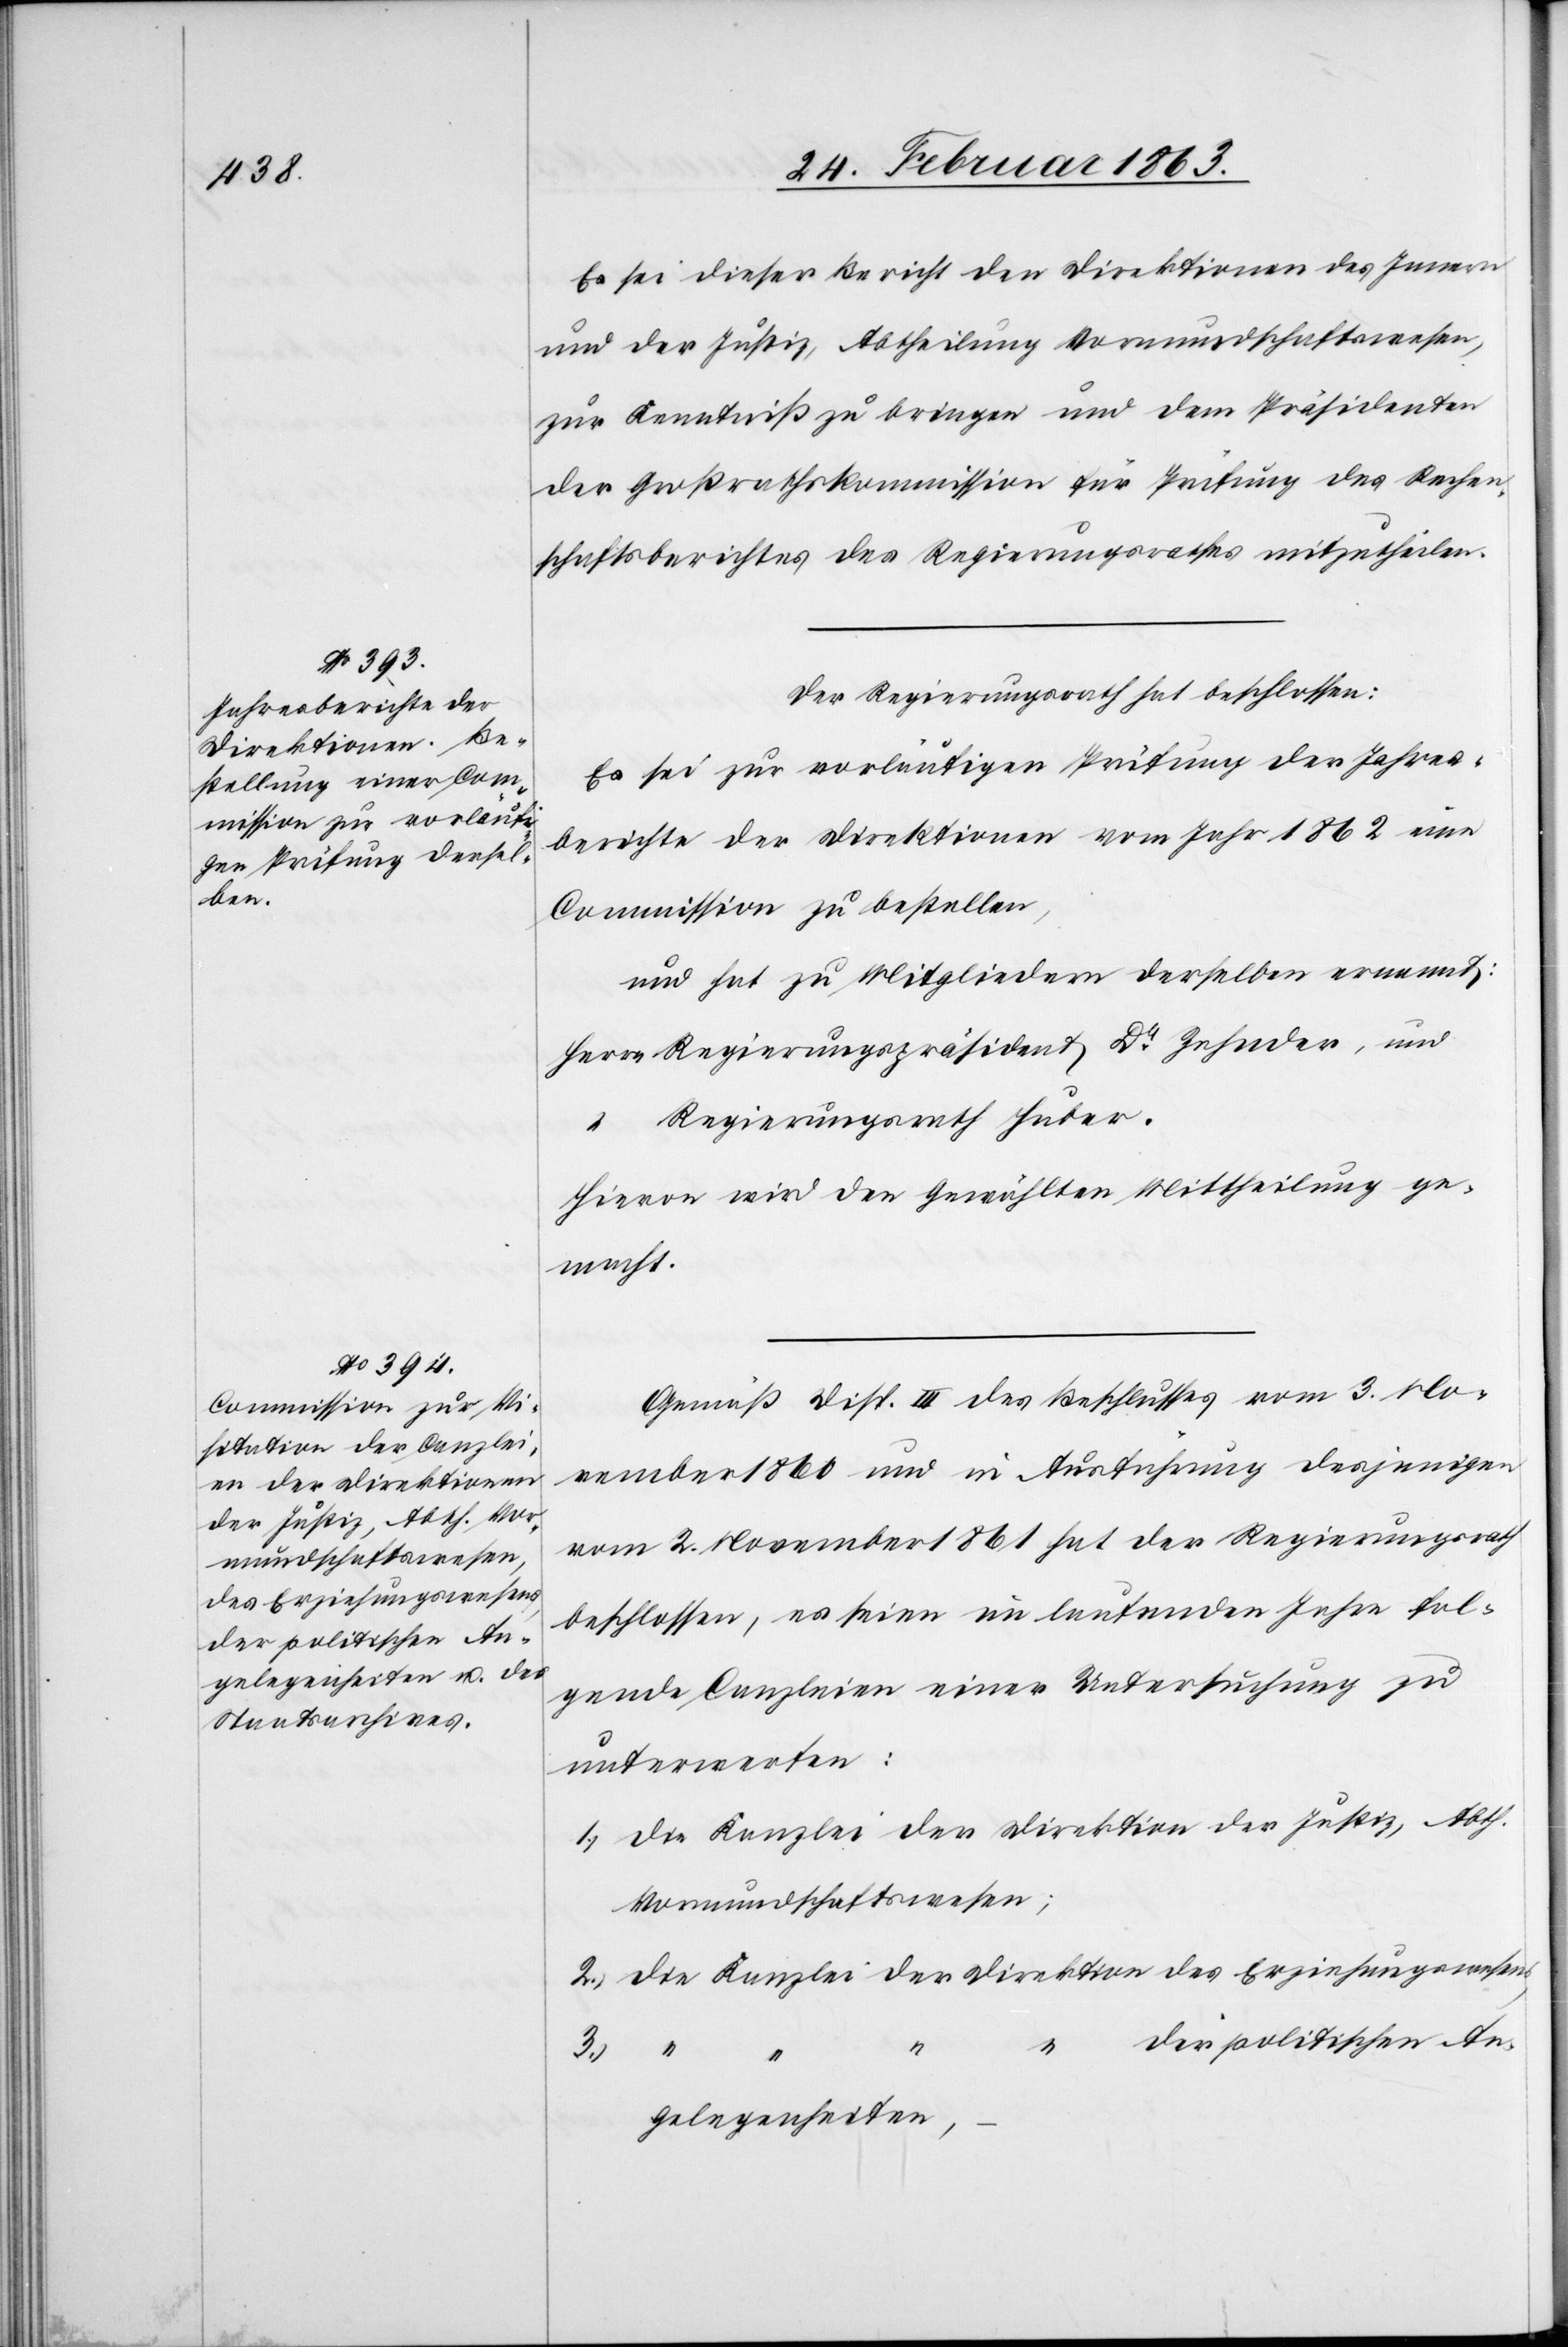
der politischen An¬

Es sei dieser Bericht den Direktionen des Innern
und der Justiz, Abtheilung Vormundschaftswesen,
zur Kenntniß zu bringen und dem Präsidenten
der Großrathskommission für Prüfung des Rechen¬
schaftsberichtes des Regierungsrathes mitzutheilen.
Der Regierungsrath hat beschlossen:
Es sei zur vorläufigen Prüfung der Jahres¬
berichte der Direktionen vom Jahr 1862 eine
Commission zu bestellen,
und hat zu Mitgliedern derselben ernannt:
Herrn Regierungspräsident Dr Zehnder, und
“	 Regierungsrath Huber.
Hievon wird den Gewählten Mittheilung ge¬
macht.
Gemäß Disp. III des Beschlusses vom 3. No¬
vember 1860 und in Ausführung desjenigen
vom 2. November 1861 hat der Regierungsrath
beschlossen, es seien im laufenden Jahre fol¬
gende Canzleien einer Untersuchung zu
unterwerfen:
1.) die Kanzlei der Direktion der Justiz, Abth.
Vormundschaftswesen;
2.) die Kanzlei der Direktion des Erziehungswesens,
gelegenheiten,